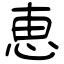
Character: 恵